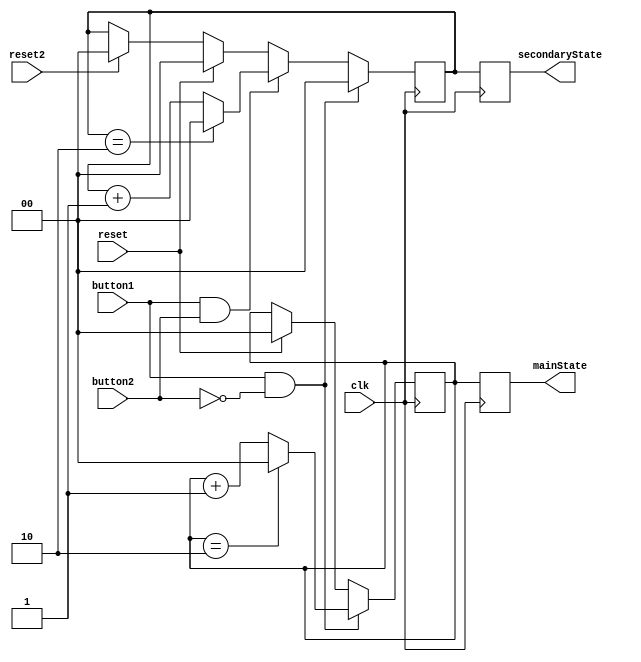
`timescale 1ns / 1ps
//////////////////////////////////////////////////////////////////////////////////
// Company: 
// Engineer: 
// 
// Design Name: 
// Module Name: BCDButton
// Project Name: 
// Target Devices: 
// Tool Versions: 
// Description: 
// 
// Dependencies: 
// 
// Revision:
// Revision 0.01 - File Created
// Additional Comments:
// 
//////////////////////////////////////////////////////////////////////////////////


module BCDButton(
    input clk,
          reset,
          reset2,
          button1,
          button2,
    output reg [1:0] mainState,
                 secondaryState
    );
    reg [1:0] mstate = 2'b00, sstate = 2'b00;
    always@(posedge clk)
        begin
            if(reset == 1'b1)
                begin
                    mstate <= 2'b00;
                    sstate <= 2'b00;
                end
            else
            if (reset2 == 1'b1)
                sstate <= 2'b00;            
            if(button1 == 1'b1 && button2 == 1'b0)
                begin
                    if(mstate == 2'b10)
                        mstate <= 2'b00;
                    else
                        mstate <= mstate + 1'b1;
                    sstate <= 2'b00;
                end
            else 
            if(button1 == 1'b1 && button2 == 1'b1)
                if(sstate == 2'b10)
                    sstate <= 2'b00;
                else
                    sstate <= sstate + 1'b1;
    mainState <= mstate;
    secondaryState <= sstate;  
        end
endmodule